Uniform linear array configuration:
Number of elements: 24
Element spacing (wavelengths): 0.25
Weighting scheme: uniform
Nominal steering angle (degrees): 15
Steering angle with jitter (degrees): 13.59
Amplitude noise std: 0.05
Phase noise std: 0.05

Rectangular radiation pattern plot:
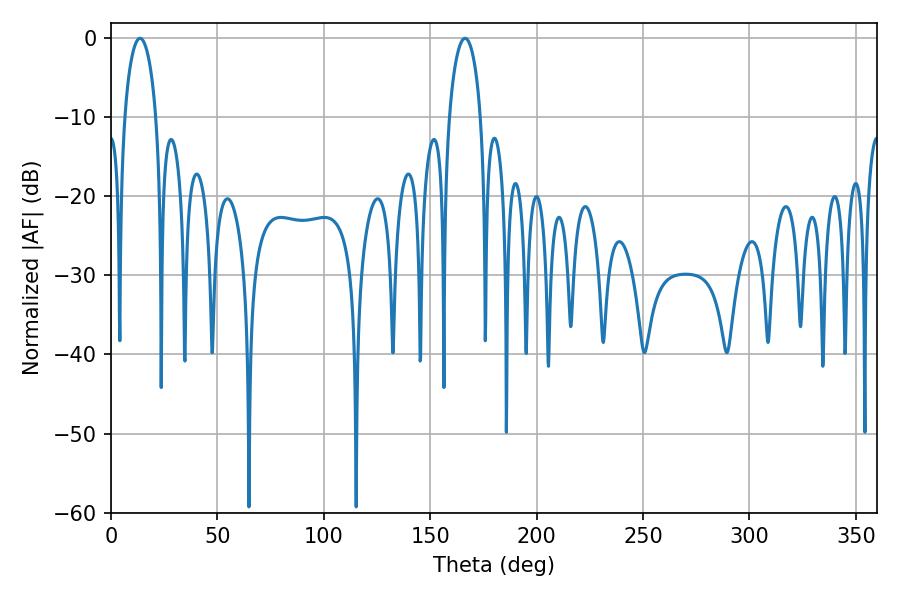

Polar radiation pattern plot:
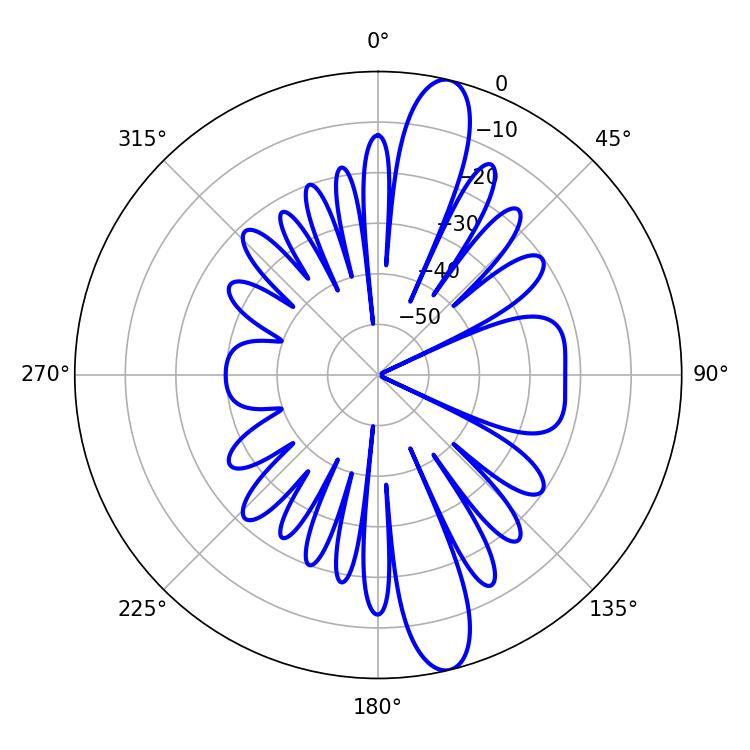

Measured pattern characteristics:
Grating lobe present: FALSE
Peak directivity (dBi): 13.875
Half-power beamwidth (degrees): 8.64
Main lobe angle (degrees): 13.68